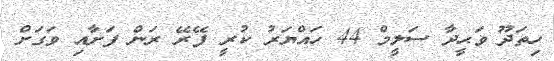
ހިތަދޫ ވަޙީދާ ސަލީމް 44 ހައްޔަރު ކުރީ ފޭރޭ ރަން ފަށާއި ވަގަށް